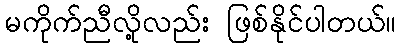
မကိုက်ညီလို့လည်း ဖြစ်နိုင်ပါတယ်။